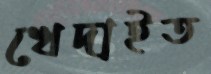
খেদাইত